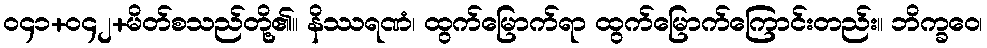
ဝ၄၁+ဝ၄၂+မိတ်စသည်တို့၏။ နိဿရဏံ၊ ထွက်မြောက်ရာ ထွက်မြောက်ကြောင်းတည်း။ ဘိက္ခဝေ၊